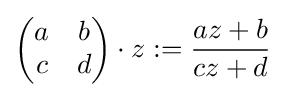
{\begin{pmatrix}a&b\\c&d\\\end{pmatrix}}\cdot z:={\frac {az+b}{cz+d}}